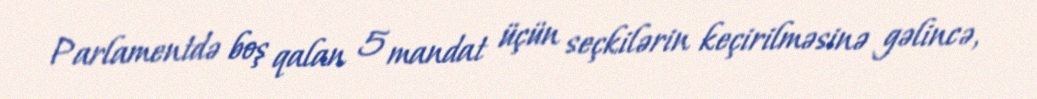
Parlamentdə boş qalan 5 mandat üçün seçkilərin keçirilməsinə gəlincə,